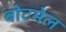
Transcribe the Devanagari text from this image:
बोटमेल